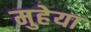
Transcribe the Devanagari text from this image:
मुहेया